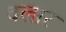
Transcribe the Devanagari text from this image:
वलार